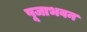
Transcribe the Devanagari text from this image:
पूजाभवन